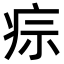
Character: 𤵫